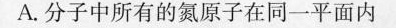
A.分子中所有的氮原子在同一平面内